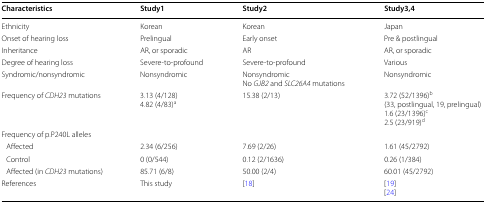
<table><thead><tr><td><b>Characteristics</b></td><td><b>Study1</b></td><td><b>Study2</b></td><td><b>Study3,4</b></td></tr></thead><tbody><tr><td>Ethnicity</td><td>Korean</td><td>Korean</td><td>Japan</td></tr><tr><td>Onset of hearing loss</td><td>Prelingual</td><td>Early onset</td><td>Pre &amp; postlingual</td></tr><tr><td>Inheritance</td><td>AR, or sporadic</td><td>AR</td><td>AR, or sporadic</td></tr><tr><td>Degree of hearing loss</td><td>Severe-to-profound</td><td>Severe-to-profound</td><td>Various</td></tr><tr><td>Syndromic/nonsyndromic</td><td>Nonsyndromic</td><td>NonsyndromicNo <i>GJB2</i> and <i>SLC26A4</i> mutations</td><td>Nonsyndromic</td></tr><tr><td>Frequency of <i>CDH23</i> mutations</td><td>3.13 (4/128)4.82 (4/83)<sup>a</sup></td><td>15.38 (2/13)</td><td>3.72 (52/1396)<sup>b</sup>(33, postlingual, 19, prelingual)1.6 (23/1396)<sup>c</sup>2.5 (23/919)<sup>d</sup></td></tr><tr><td colspan="4">Frequency of p.P240L alleles</td></tr><tr><td> Affected</td><td>2.34 (6/256)</td><td>7.69 (2/26)</td><td>1.61 (45/2792)</td></tr><tr><td> Control</td><td>0 (0/544)</td><td>0.12 (2/1636)</td><td>0.26 (1/384)</td></tr><tr><td> Affected (in <i>CDH23</i> mutations)</td><td>85.71 (6/8)</td><td>50.00 (2/4)</td><td>60.01 (45/2792)</td></tr><tr><td>References</td><td>This study</td><td>[18]</td><td>[19][24] </td></tr></tbody></table>